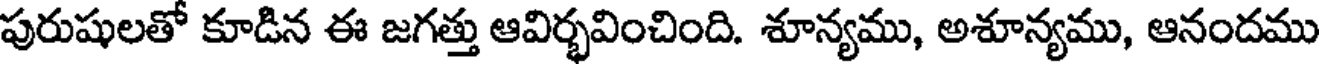
పురుషులతో కూడిన ఈ జగత్తు ఆవిర్భవించింది. శూన్యము, అశూన్యము, ఆనందము